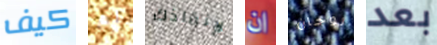
كيف لم لإنقاذك ان لوجان بعد